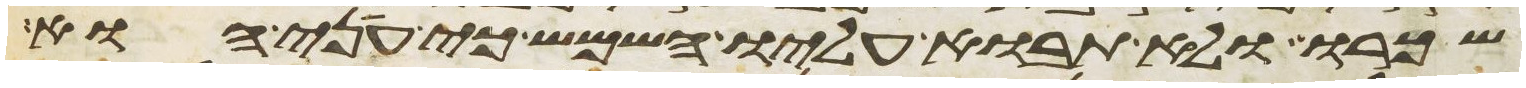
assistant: שכרו ולא תבוא עליו השמש כי עני הוא